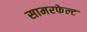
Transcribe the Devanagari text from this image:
सामरफेल्ट